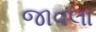
જાવલા